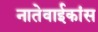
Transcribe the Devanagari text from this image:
नातेवाईकांस